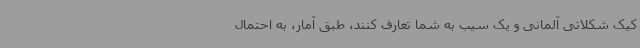
کیک شکلاتی آلمانی و یک سیب به شما تعارف کنند، طبق آمار، به احتمال